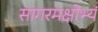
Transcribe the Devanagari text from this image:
सागरमक्षोभ्यं